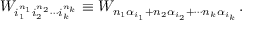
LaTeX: W _ { i _ { 1 } ^ { n _ { 1 } } i _ { 2 } ^ { n _ { 2 } } \cdots i _ { k } ^ { n _ { k } } } \equiv W _ { n _ { 1 } \alpha _ { i _ { 1 } } + n _ { 2 } \alpha _ { i _ { 2 } } + \cdots n _ { k } \alpha _ { i _ { k } } } \, .